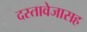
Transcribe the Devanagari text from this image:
दस्तावेजासह